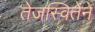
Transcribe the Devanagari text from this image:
तेजस्वितेने